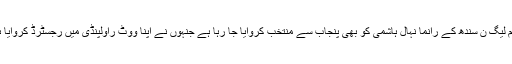
مسلم لیگ ن سندھ کے رانما نہال ہاشمی کو بھی پنجاب سے منتخب کروایا جا رہا ہے جنہوں نے اپنا ووٹ راولپنڈی میں رجسٹرڈ کروایا ہے۔